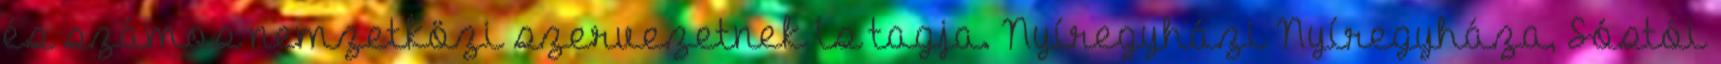
és számos nemzetközi szervezetnek is tagja. Nyíregyházi Nyíregyháza, Sóstói